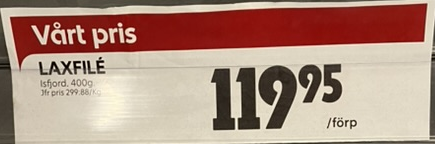
Vara: Laxfilé
Genomsnittspris: 299.88 per kg